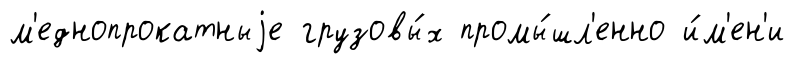
м'еднопрокатныjе грузовы́х промы́шл'енно и́м'ен'и